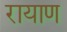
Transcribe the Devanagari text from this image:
रायाण